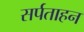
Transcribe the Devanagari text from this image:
सर्पताहन